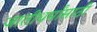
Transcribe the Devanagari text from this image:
जातीधर्मांसाठी